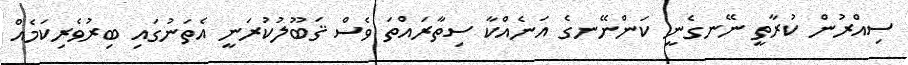
ސިއްރުން ކުރާތީ ނޭނގެނީ ކަންނޭނގެ އަނެއްކާ ސިތާރައްތަ ވެސް ޤަބޫލުކުރަނީ އެތަނުގައި ބިރުވެރިކަމެއް